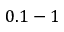
0 . 1 - 1